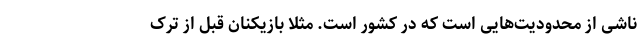
ناشی از محدودیت‌هایی است که در کشور است. مثلاً بازیکنان قبل از ترک